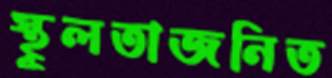
স্থূলতাজনিত